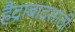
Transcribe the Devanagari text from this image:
हैद्राबादसाठी